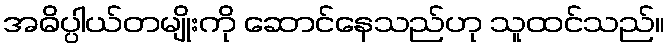
အဓိပ္ပါယ်တမျိုးကို ဆောင်နေသည်ဟု သူထင်သည်။